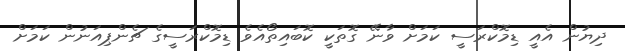
ދިޔުން އެއީ ޑިމޮކްރަސީ ކަމަށް ވާނޭ ގޮތަކީ ކޮބައިތޯއެވެ ޑިމޮކްރަސީގެ ޗެންޕިއަނުން ކަމަށް